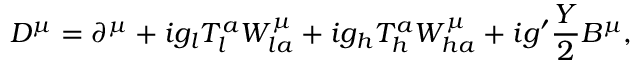
D ^ { \mu } = \partial ^ { \mu } + i g _ { l } T _ { l } ^ { a } W _ { l a } ^ { \mu } + i g _ { h } T _ { h } ^ { a } W _ { h a } ^ { \mu } + i g ^ { \prime } \frac { Y } { 2 } B ^ { \mu } ,